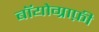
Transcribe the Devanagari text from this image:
बॉयोग्राफ़ी